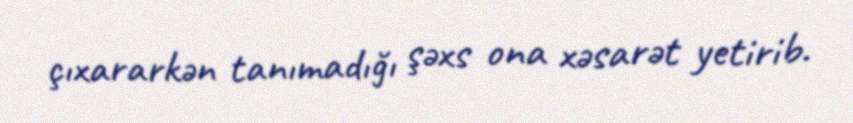
çıxararkən tanımadığı şəxs ona xəsarət yetirib.